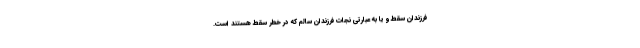
فرزندان سقط و یا به عبارتی نجات فرزندان سالم که در خطر سقط هستند است.